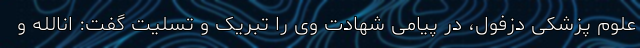
علوم پزشکی دزفول، در پیامی شهادت وی را تبریک و تسلیت گفت: انالله و